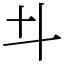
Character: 𠥼